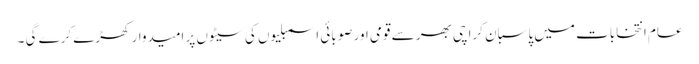
عام انتخابات میں پاسبان کراچی بھر سے قومی اور صوبائی اسمبلیوں کی سیٹوں پر امیدوار کھڑے کرے گی ۔